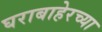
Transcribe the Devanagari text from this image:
घराबाहेरच्या